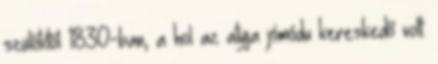
szülőktől 1830-ban, a hol az atyja jómódu kereskedő volt.